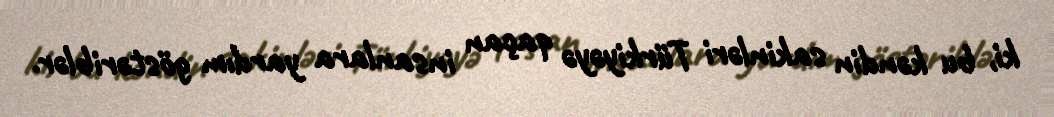
ki, bu kəndin sakinləri Türkiyəyə qaçan insanlara yardım göstəriblər.